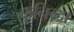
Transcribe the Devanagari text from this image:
कुनिन्दा